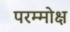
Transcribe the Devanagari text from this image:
परम्मोक्ष